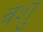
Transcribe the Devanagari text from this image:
वशु